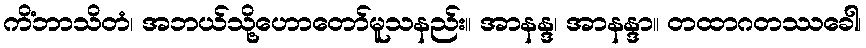
ကိံဘာသိတံ၊ အဘယ်သို့ဟောတော်မူသနည်း။ အာနန္ဒ၊ အာနန္ဒာ။ တထာဂတဿခေါ၊